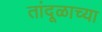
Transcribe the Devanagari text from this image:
तांदूळाच्या